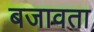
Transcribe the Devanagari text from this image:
बजावता